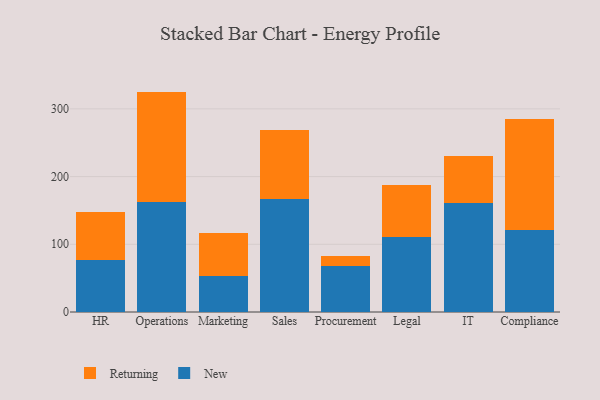
{"axis": {"x": "Department", "y": "Operating Costs (USD K)"}, "legend": ["New", "Returning"], "data": [{"x": "HR", "y": 77.2, "type": "New"}, {"x": "HR", "y": 71.0, "type": "Returning"}, {"x": "Operations", "y": 162.2, "type": "New"}, {"x": "Operations", "y": 163.3, "type": "Returning"}, {"x": "Marketing", "y": 53.7, "type": "New"}, {"x": "Marketing", "y": 62.8, "type": "Returning"}, {"x": "Sales", "y": 167.4, "type": "New"}, {"x": "Sales", "y": 101.7, "type": "Returning"}, {"x": "Procurement", "y": 68.0, "type": "New"}, {"x": "Procurement", "y": 15.0, "type": "Returning"}, {"x": "Legal", "y": 110.7, "type": "New"}, {"x": "Legal", "y": 77.4, "type": "Returning"}, {"x": "IT", "y": 161.1, "type": "New"}, {"x": "IT", "y": 70.0, "type": "Returning"}, {"x": "Compliance", "y": 120.9, "type": "New"}, {"x": "Compliance", "y": 164.8, "type": "Returning"}]}